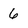
Character: 6